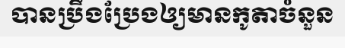
បានប្រឹងប្រែងឲ្យមានកូតាចំនួន